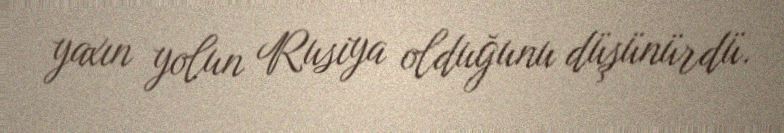
yaxın yolun Rusiya olduğunu düşünürdü.